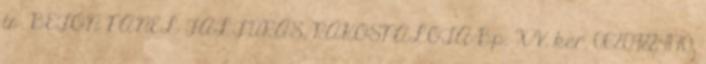
is. BETON PANEL FALFÚRÁS, RÁKOSPALOTA Bp. XV. ker. 06209884170.